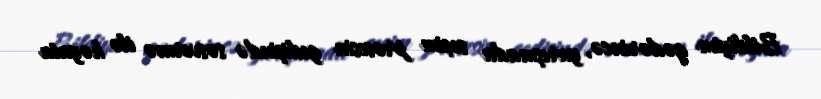
Bildiyim qədərincə, yarışmada seçim prosesin gedişində səsvermə ilə həyata